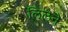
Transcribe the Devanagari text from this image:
लिलेने